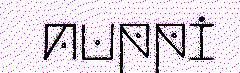
nuppi